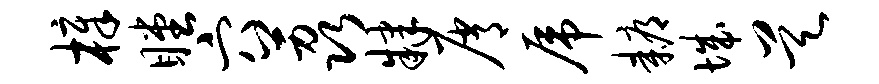
樟瞠穴荔肄屑虎耨城昊